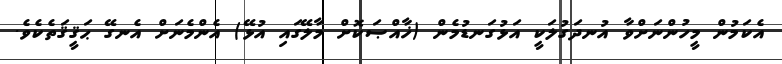
އެކަމުން މީހުންނަށްވާ އުނދަގުލަކީ އަޅުގަނޑުމެން (ޚާއްޞަކޮށް މާލޭގައި އުޅޭ) އެންމެނަށް އެނގޭ ޙަޤީޤަތެކެވެ.